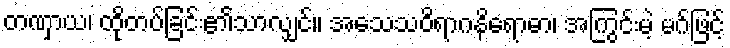
တဏှာယ၊ ထိုတပ်ခြင်း၏သာလျှင်။ အသေသဝိရာဂနိရောဓာ၊ အကြွင်းမဲ့ မဂ်ဖြင့်